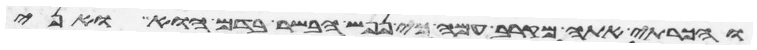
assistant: והכרתי אתה מקרב עמה כי נפש הבשר בדם הוא ואני